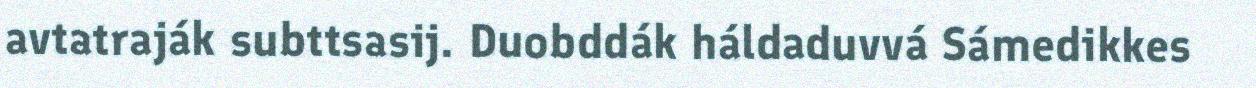
avtatraják subttsasij. Duobddák háldaduvvá Sámedikkes